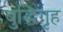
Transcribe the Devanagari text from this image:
बुद्धिगृह